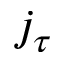
j _ { \tau }